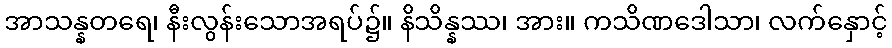
အာသန္နတရေ၊ နီးလွန်းသောအရပ်၌။ နိသိန္နဿ၊ အား။ ကသိဏဒေါသာ၊ လက်နှောင့်